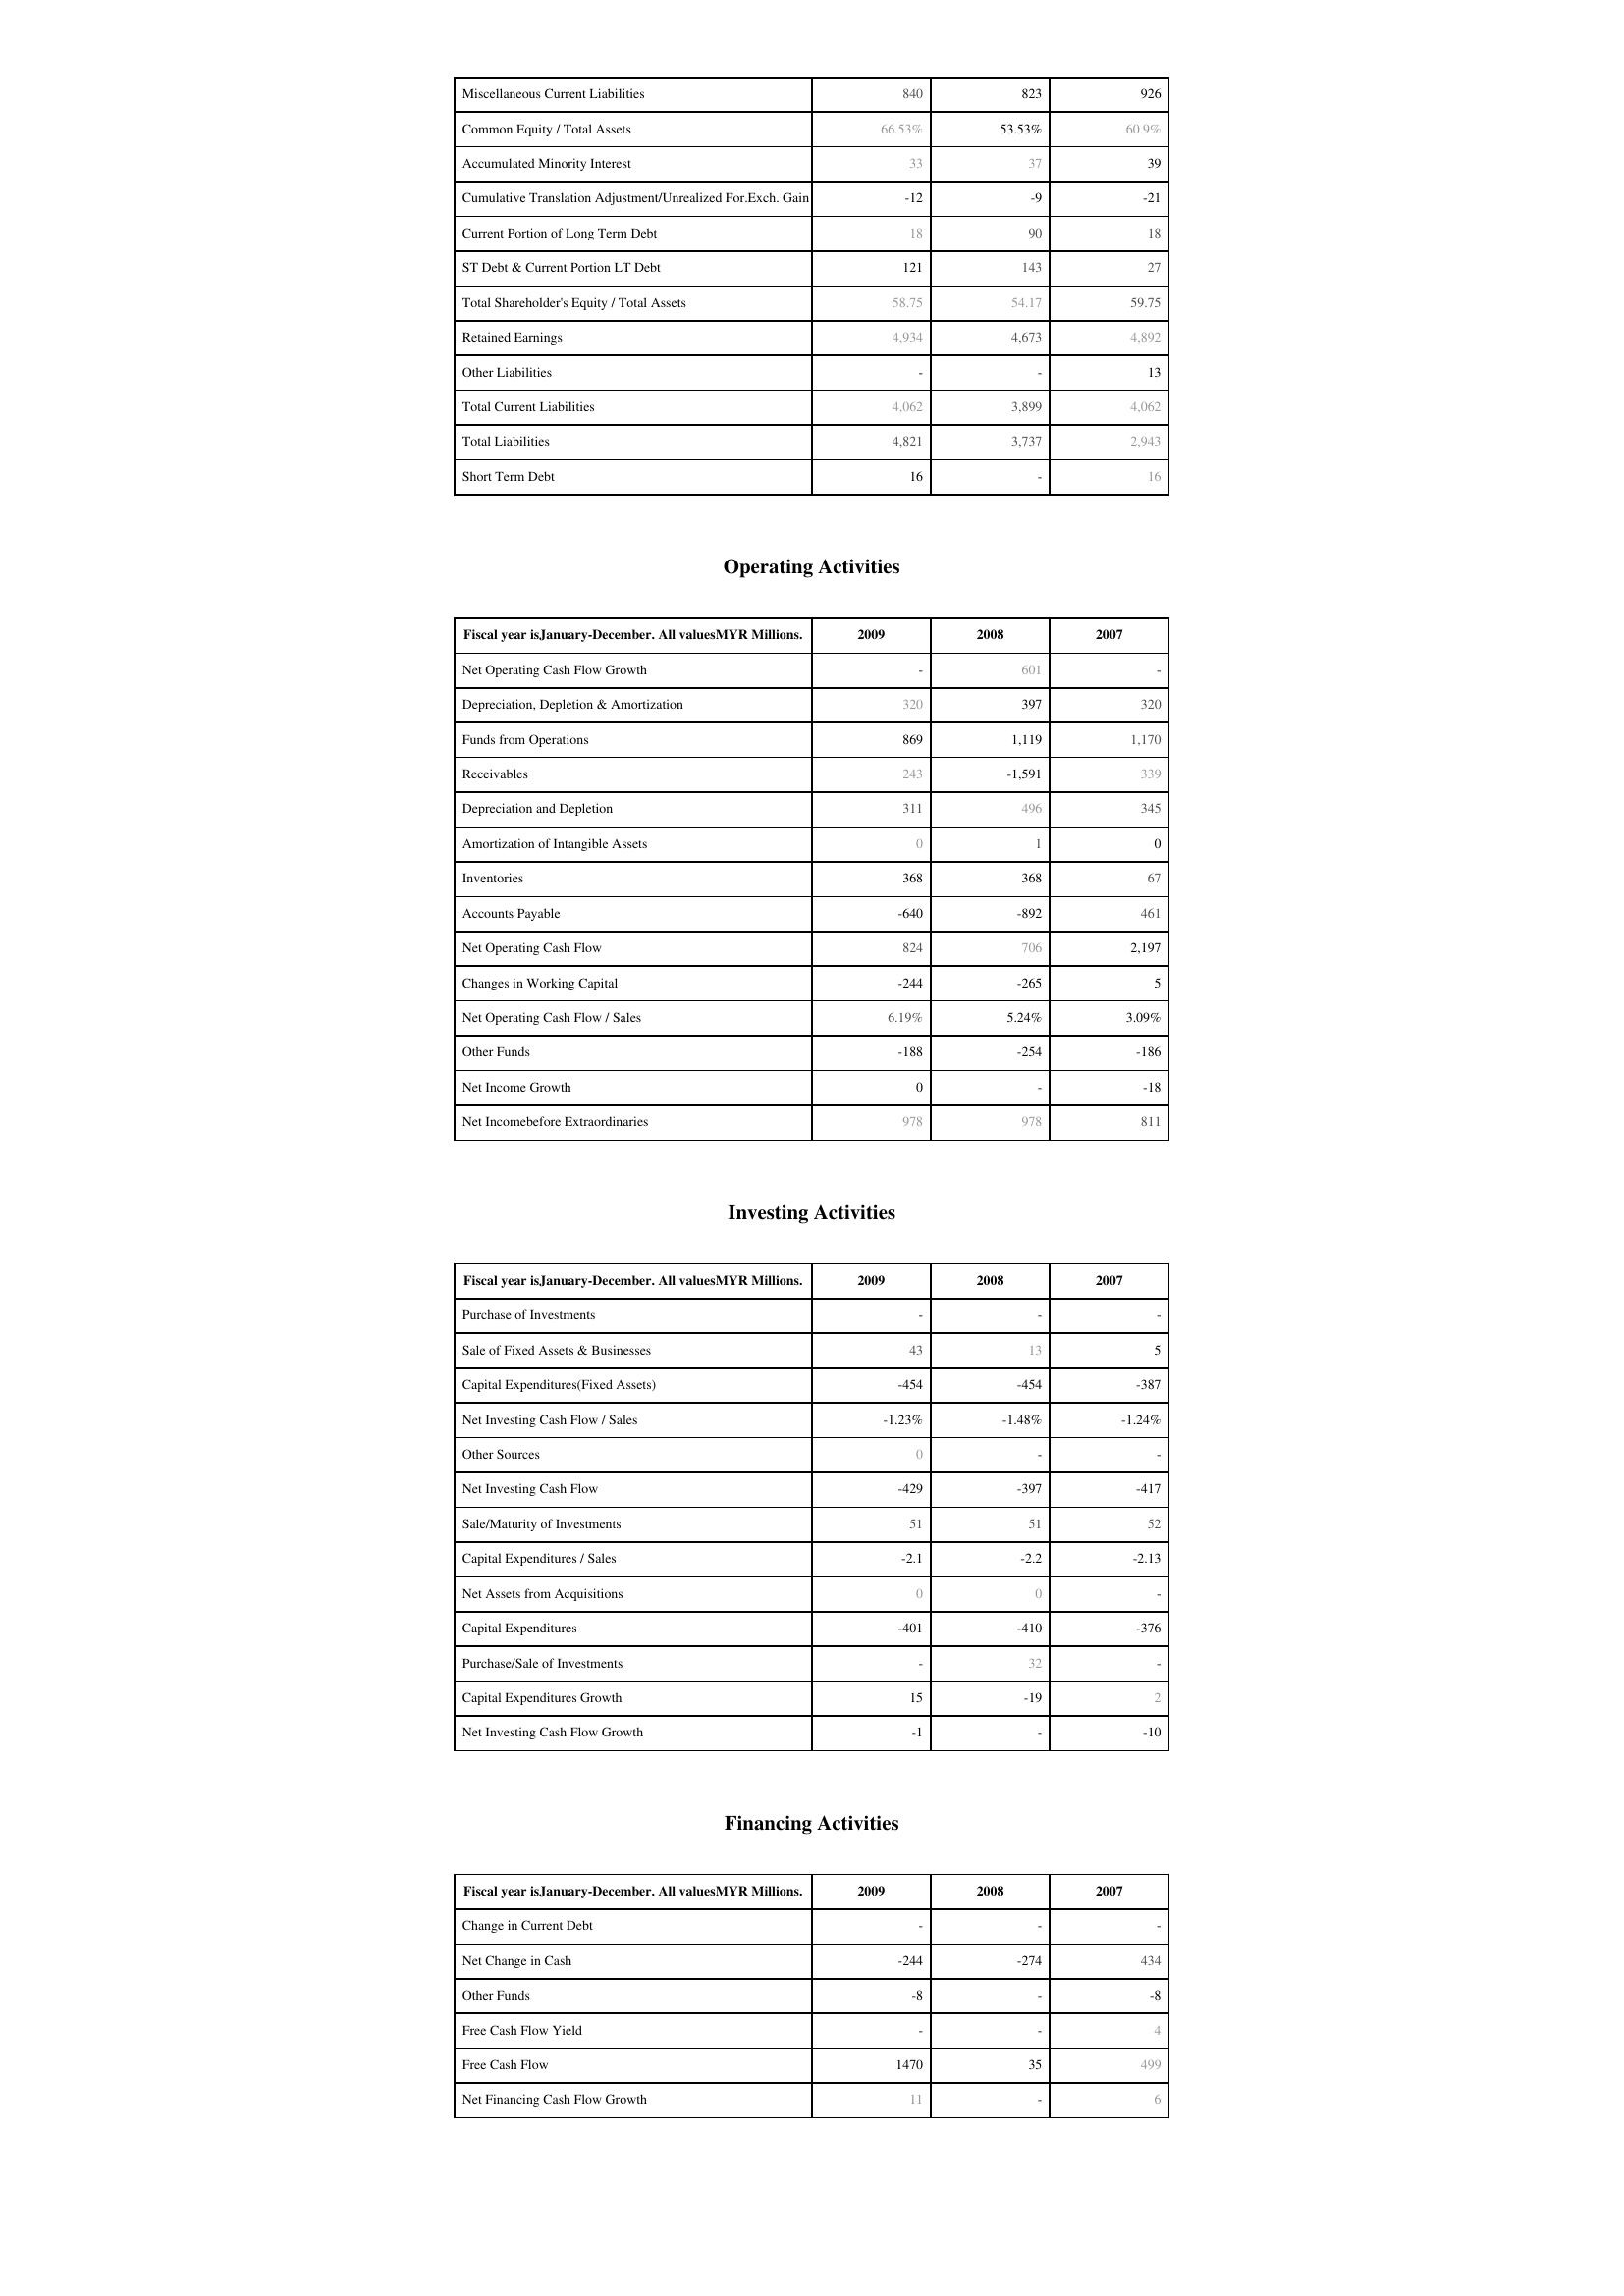
2009: Liabilities & Shareholder's Equity: Miscellaneous Current Liabilities: 840
Common Equity / Total Assets: 66.53%
Accumulated Minority Interest: 33
Cumulative Translation Adjustment/Unrealized For.Exch. Gain: -12
Current Portion of Long Term Debt: 18
ST Debt & Current Portion LT Debt: 121
Total Shareholder's Equity / Total Assets: 58.75
Retained Earnings: 4,934
Other Liabilities: -
Total Current Liabilities: 4,062
Total Liabilities: 4,821
Short Term Debt: 16
Operating Activities: Net Operating Cash Flow Growth: -
Depreciation, Depletion & Amortization: 320
Funds from Operations: 869
Receivables: 243
Depreciation and Depletion: 311
Amortization of Intangible Assets: 0
Inventories: 368
Accounts Payable: -640
Net Operating Cash Flow: 824
Changes in Working Capital: -244
Net Operating Cash Flow / Sales: 6.19%
Other Funds: -188
Net Income Growth: 0
Net Incomebefore Extraordinaries: 978
Investing Activities: Purchase of Investments: -
Sale of Fixed Assets & Businesses: 43
Capital Expenditures(Fixed Assets): -454
Net Investing Cash Flow / Sales: -1.23%
Other Sources: 0
Net Investing Cash Flow: -429
Sale/Maturity of Investments: 51
Capital Expenditures / Sales: -2.1
Net Assets from Acquisitions: 0
Capital Expenditures: -401
Purchase/Sale of Investments: -
Capital Expenditures Growth: 15
Net Investing Cash Flow Growth: -1
Financing Activities: Change in Current Debt: -
Net Change in Cash: -244
Other Funds: -8
Free Cash Flow Yield: -
Free Cash Flow: 1470
Net Financing Cash Flow Growth: 11
2008: Liabilities & Shareholder's Equity: Miscellaneous Current Liabilities: 823
Common Equity / Total Assets: 53.53%
Accumulated Minority Interest: 37
Cumulative Translation Adjustment/Unrealized For.Exch. Gain: -9
Current Portion of Long Term Debt: 90
ST Debt & Current Portion LT Debt: 143
Total Shareholder's Equity / Total Assets: 54.17
Retained Earnings: 4,673
Other Liabilities: -
Total Current Liabilities: 3,899
Total Liabilities: 3,737
Short Term Debt: -
Operating Activities: Net Operating Cash Flow Growth: 601
Depreciation, Depletion & Amortization: 397
Funds from Operations: 1,119
Receivables: -1,591
Depreciation and Depletion: 496
Amortization of Intangible Assets: 1
Inventories: 368
Accounts Payable: -892
Net Operating Cash Flow: 706
Changes in Working Capital: -265
Net Operating Cash Flow / Sales: 5.24%
Other Funds: -254
Net Income Growth: -
Net Incomebefore Extraordinaries: 978
Investing Activities: Purchase of Investments: -
Sale of Fixed Assets & Businesses: 13
Capital Expenditures(Fixed Assets): -454
Net Investing Cash Flow / Sales: -1.48%
Other Sources: -
Net Investing Cash Flow: -397
Sale/Maturity of Investments: 51
Capital Expenditures / Sales: -2.2
Net Assets from Acquisitions: 0
Capital Expenditures: -410
Purchase/Sale of Investments: 32
Capital Expenditures Growth: -19
Net Investing Cash Flow Growth: -
Financing Activities: Change in Current Debt: -
Net Change in Cash: -274
Other Funds: -
Free Cash Flow Yield: -
Free Cash Flow: 35
Net Financing Cash Flow Growth: -
2007: Liabilities & Shareholder's Equity: Miscellaneous Current Liabilities: 926
Common Equity / Total Assets: 60.9%
Accumulated Minority Interest: 39
Cumulative Translation Adjustment/Unrealized For.Exch. Gain: -21
Current Portion of Long Term Debt: 18
ST Debt & Current Portion LT Debt: 27
Total Shareholder's Equity / Total Assets: 59.75
Retained Earnings: 4,892
Other Liabilities: 13
Total Current Liabilities: 4,062
Total Liabilities: 2,943
Short Term Debt: 16
Operating Activities: Net Operating Cash Flow Growth: -
Depreciation, Depletion & Amortization: 320
Funds from Operations: 1,170
Receivables: 339
Depreciation and Depletion: 345
Amortization of Intangible Assets: 0
Inventories: 67
Accounts Payable: 461
Net Operating Cash Flow: 2,197
Changes in Working Capital: 5
Net Operating Cash Flow / Sales: 3.09%
Other Funds: -186
Net Income Growth: -18
Net Incomebefore Extraordinaries: 811
Investing Activities: Purchase of Investments: -
Sale of Fixed Assets & Businesses: 5
Capital Expenditures(Fixed Assets): -387
Net Investing Cash Flow / Sales: -1.24%
Other Sources: -
Net Investing Cash Flow: -417
Sale/Maturity of Investments: 52
Capital Expenditures / Sales: -2.13
Net Assets from Acquisitions: -
Capital Expenditures: -376
Purchase/Sale of Investments: -
Capital Expenditures Growth: 2
Net Investing Cash Flow Growth: -10
Financing Activities: Change in Current Debt: -
Net Change in Cash: 434
Other Funds: -8
Free Cash Flow Yield: 4
Free Cash Flow: 499
Net Financing Cash Flow Growth: 6